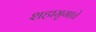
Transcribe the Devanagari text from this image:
शहामृगाचे